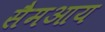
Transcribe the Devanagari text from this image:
सैमआय